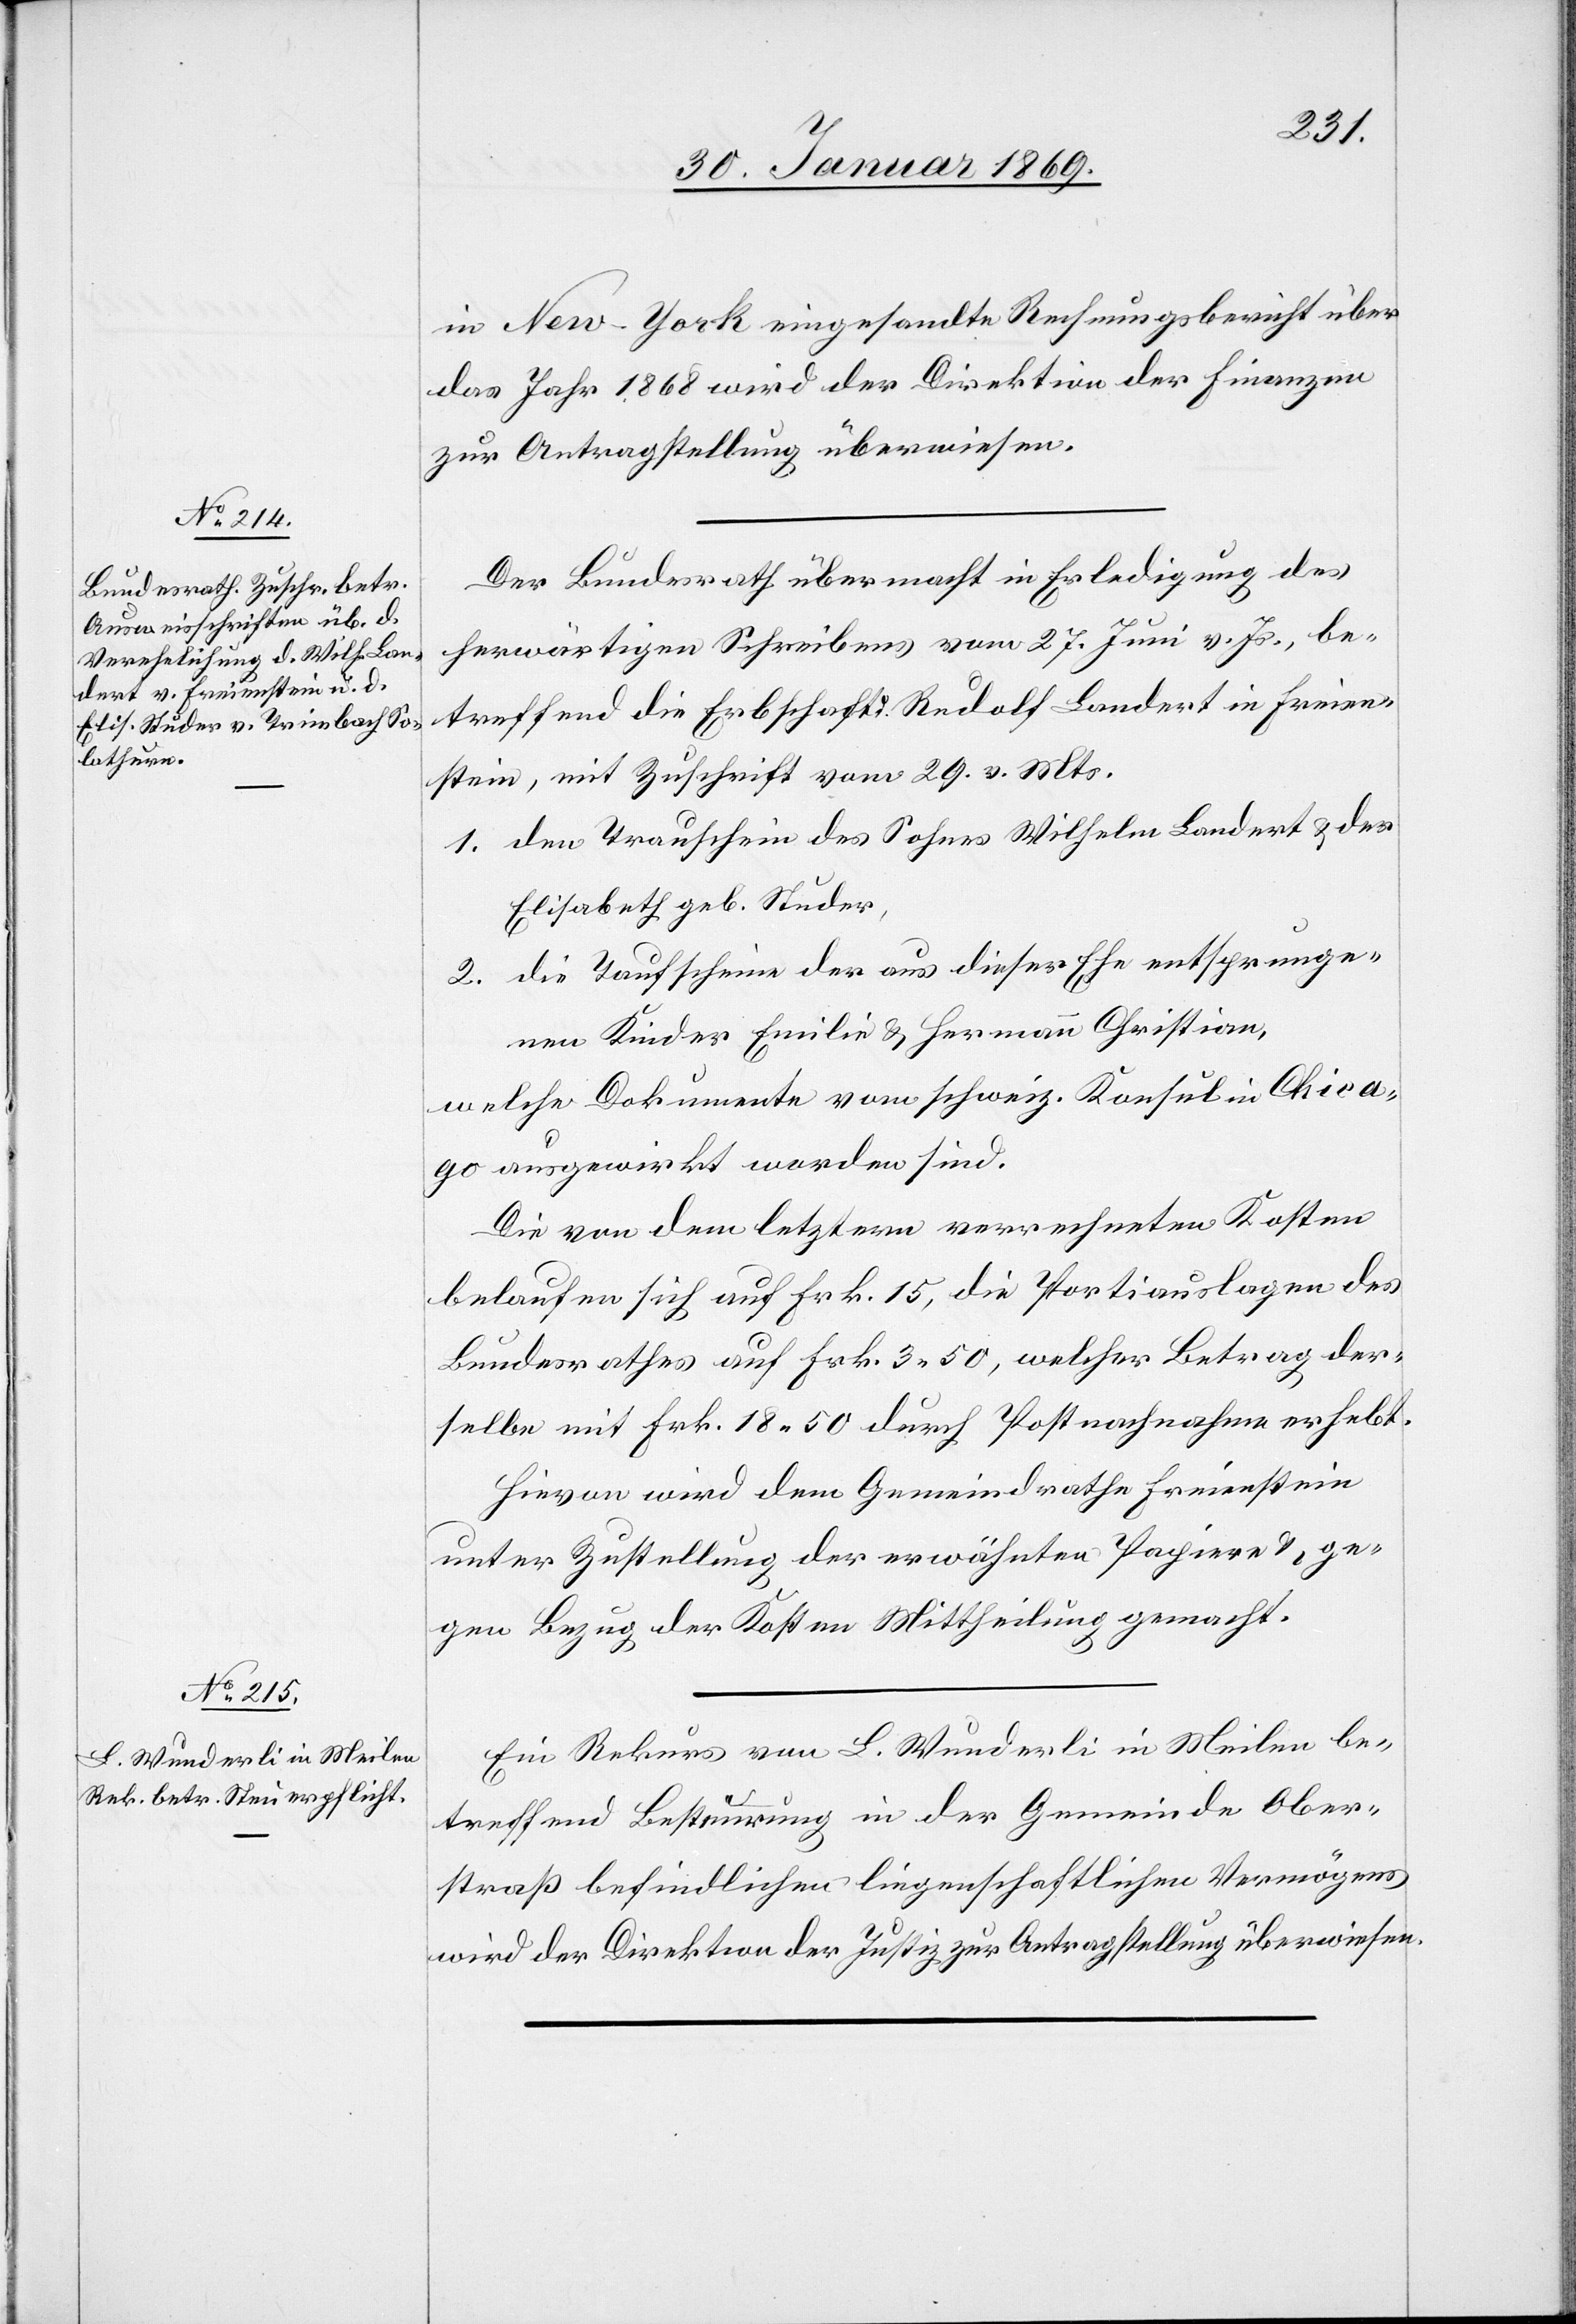
in New-York eingesandte Rechnungsbericht über
das Jahr 1868 wird der Direktion der Finanzen
zur Antragstellung überwiesen.
Der Bundesrath übermacht mit Erledigung des
herwärtigen Schreibens vom 27. Juni v. Js., be¬
treffend die Erbschaft d. Rudolf Landert in Freien¬
stein, mit Zuschrift vom 29. v. Mts.
1. den Trauschein des Sohnes Wilhelm Landert u. der
Elisabeth geb. Studer,
2. die Taufscheine der aus dieser Ehe entsprunge¬
nen Kinder Emilie u. Hermann Christian,
welche Dokumente vom schweiz. Konsul in Chica¬
go ausgewirkt worden sind.
Die von dem letztern verrechneten Kosten
belaufen sich auf Frk. 15, die Portiauslagen des
Bundesrathes auf Frk. 3.50, welcher Betrag der¬
selbe mit Frk. 18.50 durch Postnachnahme erhebt.
Hievon wird dem Gemeindrathe Freienstein
unter Zustellung der erwähnten Papiere u. ge¬
gen Bezug der Kosten Mittheilung gemacht.
Ein Rekurs von L. Wunderli in Meilen be¬
treffend Besteuerung in der Gemeinde Ober¬
straß befindlichen liegenschaftlichen Vermögens
wird der Direktion der Justiz zur Antragstellung überwiesen.